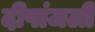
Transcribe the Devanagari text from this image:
दीपांजली